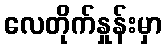
လေတိုက်နှုန်းမှာ